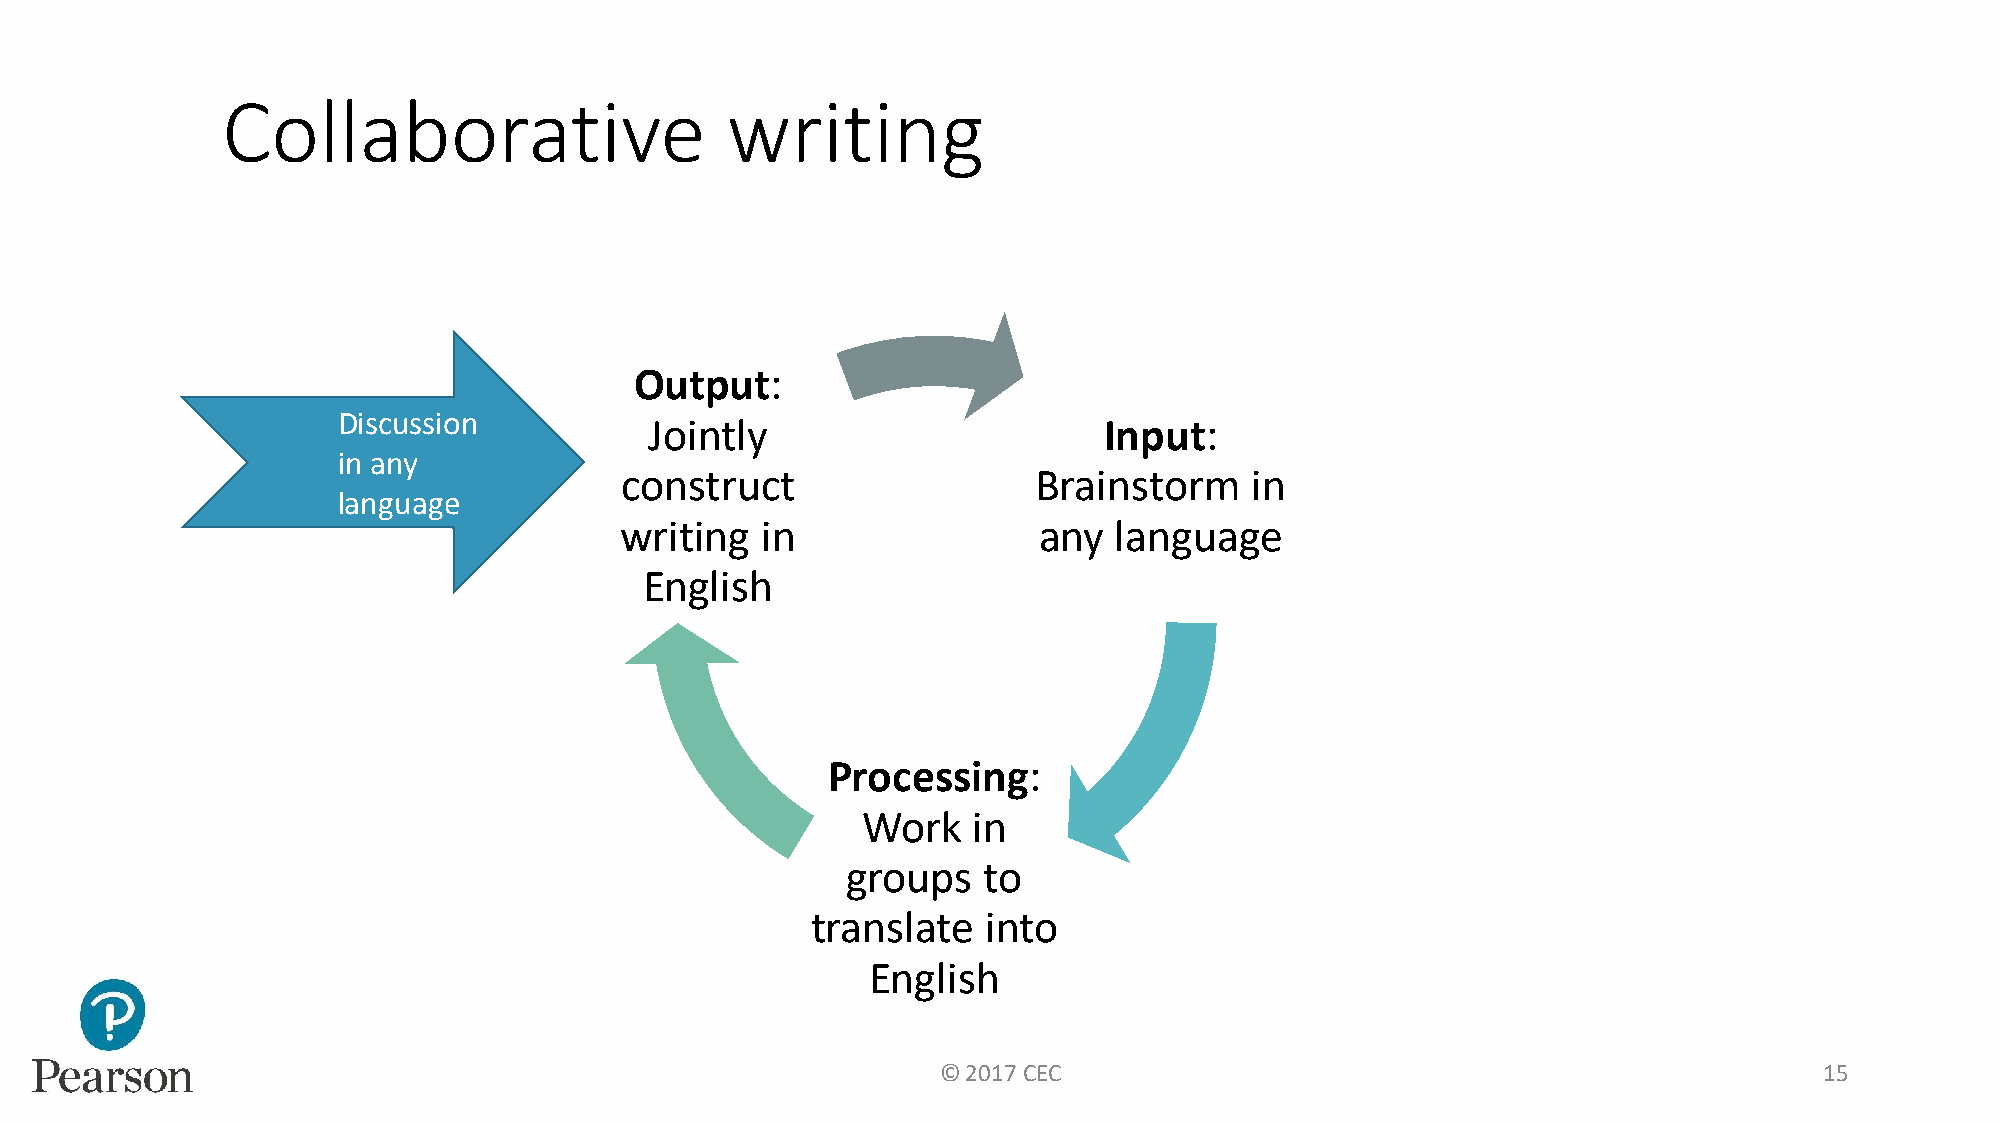
Collaborative                    writing
 Output:
 Discussion
 Jointly                       Input:
 in any
 construct                   Brainstorm    in
 language
 writing  in                 any  language
 English
 Processing:
 Work   in
 groups   to
 translate  into
 English
 © 2017 CEC                                                 15